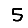
Digit: 5